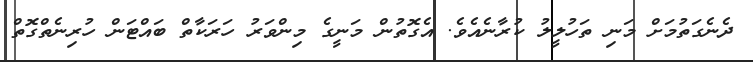
ދެނެގަތުމަށް މަނި ތަހުލީލު ކުރާނެއެވެ. އެގޮތުން މަނީގެ މިންވަރު ހަރަކާތް ބައްޓަން ހުރިނެތްގޮތް